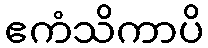
ဧကံသိကာပိ